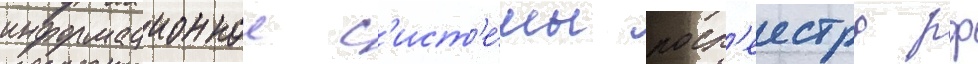
информационнои с'ист'е́мы роср'еестра рф